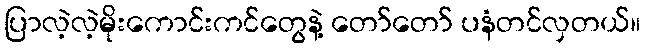
ပြာလဲ့လဲ့မိုးကောင်းကင်တွေနဲ့ တော်တော် ပနံတင်လှတယ်။